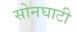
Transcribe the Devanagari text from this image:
सोनघाटी